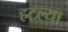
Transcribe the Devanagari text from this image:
हटल्या